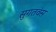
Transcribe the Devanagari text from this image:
सुगतवंस